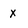
Character: x